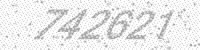
Solution: 742621